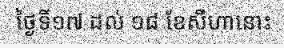
ថ្ងៃទី១៧ ដល់ ១៨ ខែសីហានោះ